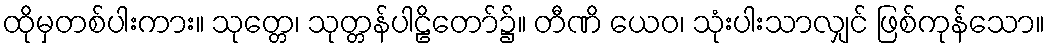
ထိုမှတစ်ပါးကား။ သုတ္တေ၊ သုတ္တန်ပါဠိတော်၌။ တီဏိ ယေဝ၊ သုံးပါးသာလျှင် ဖြစ်ကုန်သော။